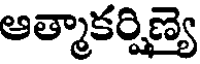
ఆత్మాకర్షిణ్య